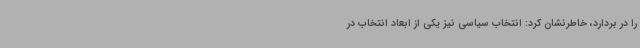
را در بردارد، خاطرنشان کرد: انتخاب سیاسی نیز یکی از ابعاد انتخاب در